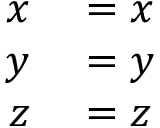
\begin{array} { r l } { x } & { { } = x } \\ { y } & { { } = y } \\ { z } & { { } = z } \end{array}